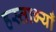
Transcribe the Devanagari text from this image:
हस्ताभ्याँ